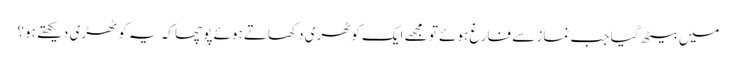
میں بیٹھ گیا جب نماز سے فارغ ہوئے تو مجھے ایک کوٹھری دکھاتے ہوئے پوچھا کہ یہ کوٹھڑی دیکھتے ہو؟